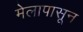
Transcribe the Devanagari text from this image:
मेलापासून